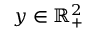
y \in \mathbb { R } _ { + } ^ { 2 }